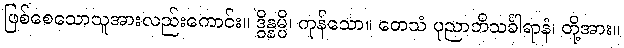
ဖြစ်စေသောသူအားလည်းကောင်း။ ဒွိန္နမ္ပိ၊ ကုန်သော။ တေသံ ပုညာဘိသင်္ခါရာနံ၊ တို့အား။